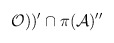
\begin{align*}\mathcal{O}))^{\prime }\cap \pi (\mathcal{A})^{\prime \prime } \end{align*}